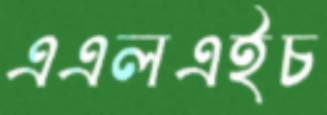
এএলএইচ